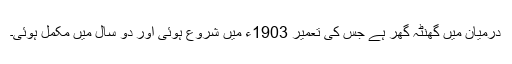
درمیان میں گھنٹہ گھر ہے جس کی تعمیر 1903ء میں شروع ہوئی اور دو سال میں مکمل ہوئی۔